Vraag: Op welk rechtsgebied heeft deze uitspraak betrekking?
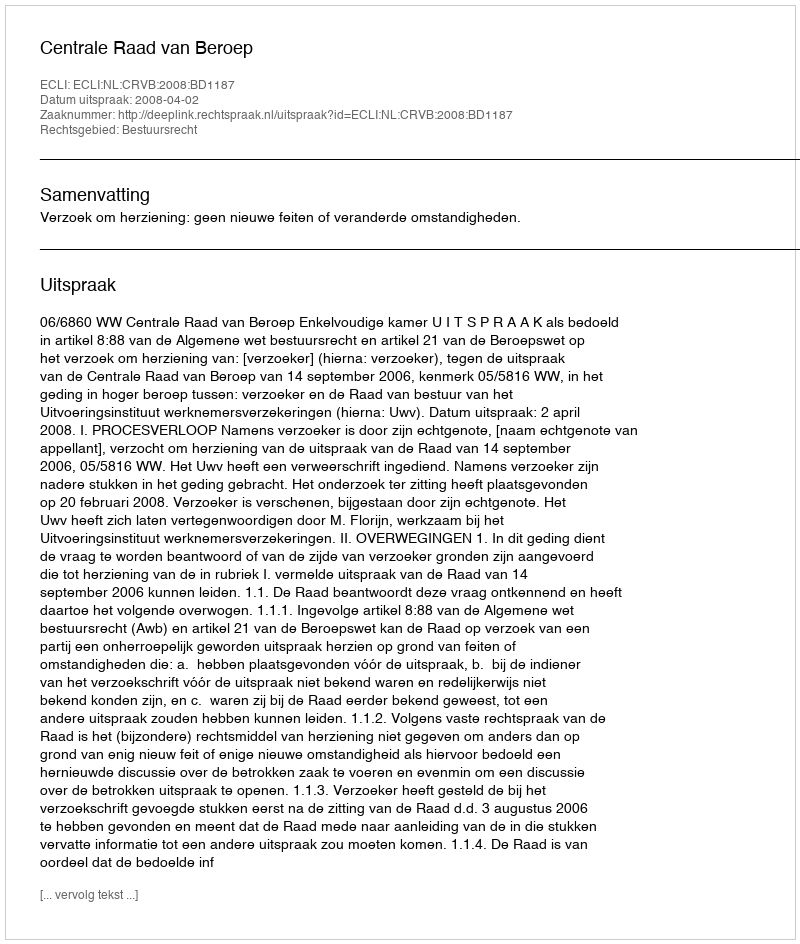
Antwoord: Bestuursrecht